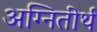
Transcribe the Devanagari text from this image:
अग्‍नितीर्थ